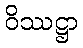
ဝိဿဋ္ဌာ